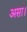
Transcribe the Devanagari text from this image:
असा।